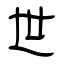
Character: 世